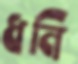
ধনি